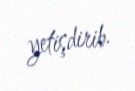
yetişdirib.